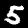
Digit: 5